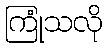
ကြုံသလို